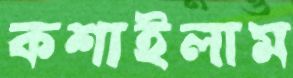
কশাইলাম